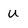
Character: U